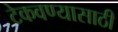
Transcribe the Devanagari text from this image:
टेकवण्यासाठी